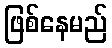
ဖြစ်နေမည်